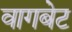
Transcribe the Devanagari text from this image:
वागबेट